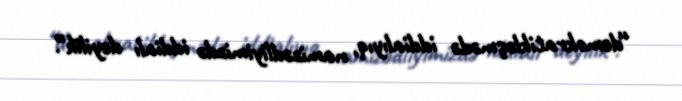
“demokratikləşmədə iddialıyıq, namizədliyimizdə iddialı deyilik”.